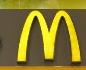
m